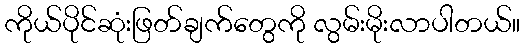
ကိုယ်ပိုင်ဆုံးဖြတ်ချက်တွေကို လွမ်းမိုးလာပါတယ်။